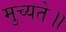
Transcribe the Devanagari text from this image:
मुच्यते॥